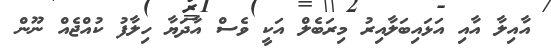
އާއިލާ އާއި އަޅައިބަލާއިރު މިރަބެލް އަކީ ވެސް އާދަޔާ ހިލާފު ކުއްޖެއް ނޫން